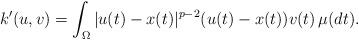
LaTeX: \begin{align*}k^\prime(u,v)= \int_{\Omega} |u(t)-x(t)|^{p-2}(u(t)-x(t)) v(t) \, \mu(dt).\end{align*}